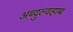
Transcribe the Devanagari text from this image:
अब्दुल्वहाब